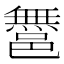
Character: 𨝬